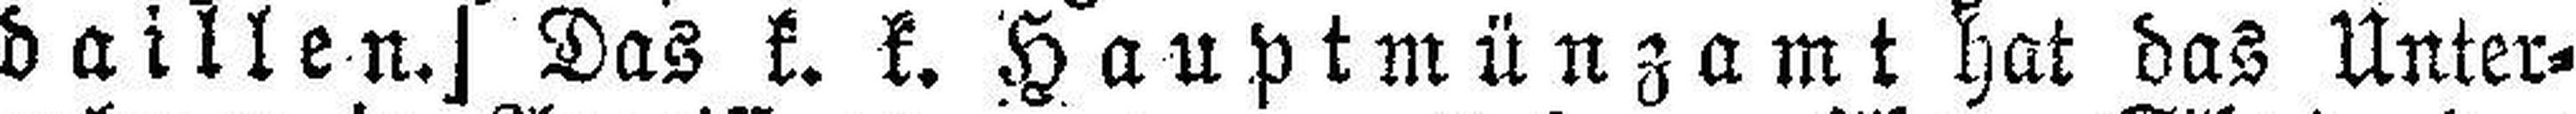
daillen.] Das k. k. Hauptmünzamt hat das Unter¬